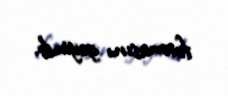
formasını geyinib.